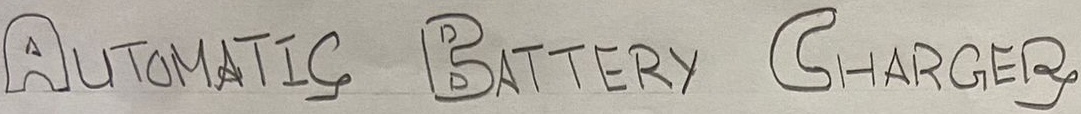
Text: AUTOMATIC BATTERY CHARGER